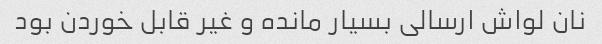
نان لواش ارسالی بسیار مانده و غیر قابل خوردن بود